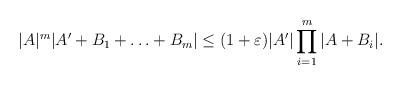
LaTeX: \begin{align*}|A|^m|A'+B_1+\ldots +B_m| \le (1+\varepsilon)|A'| \prod_{i=1}^m|A + B_i|.\end{align*}